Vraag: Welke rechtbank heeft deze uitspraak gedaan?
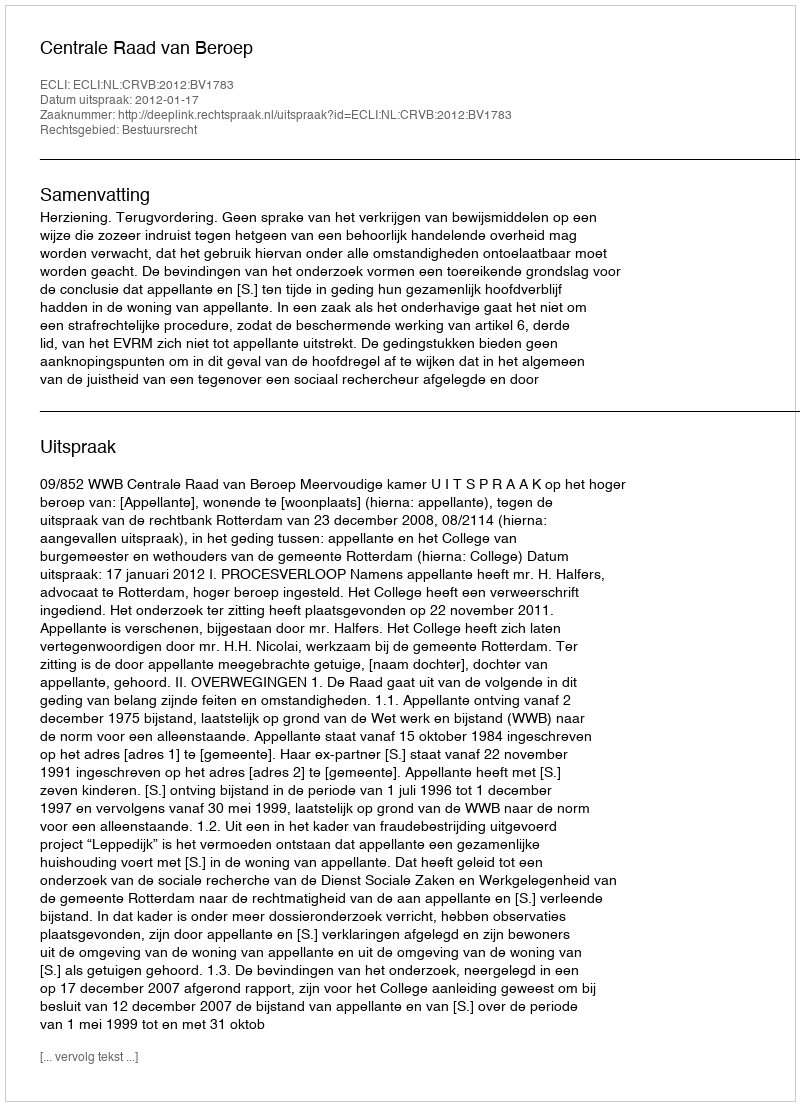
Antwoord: Centrale Raad van Beroep